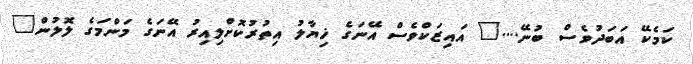
ކަމެކޭ އަބަދުވެސް ބުނޭ...." އައިޒަކްވެސް އޭނަގެ ޚިޔާލު އިތުރުކޮށްލިއިރު އޭނަގެ މަންމަގެ ލޮލުން"